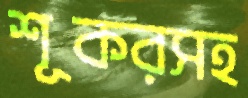
শূকরসহ